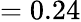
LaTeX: =0.24